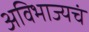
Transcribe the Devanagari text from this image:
अविभाज्यचं